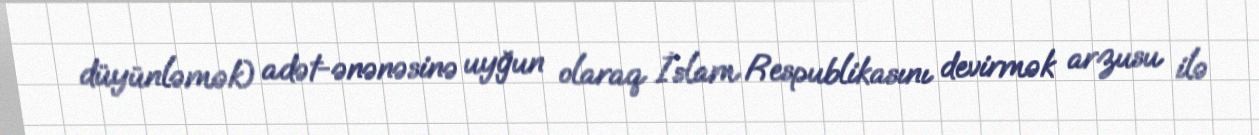
düyünləmək) adət-ənənəsinə uyğun olaraq İslam Respublikasını devirmək arzusu ilə